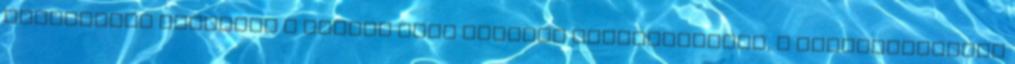
kézmıipari alelnöke a magyar népi kultúra fontosságáról, a hagyományœrzés